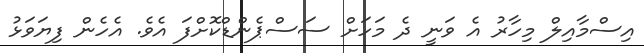
އިސްމާއިލް މިހާރު އެ ވަނީ ދެ މަހަށް ސަސްޕެންޑްކޮށްފަ އެވެ. އެހެން ފިޔަވަޅު